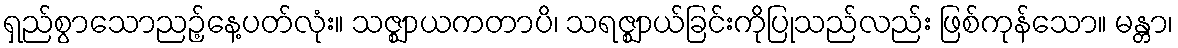
ရှည်စွာသောညဉ့်နေ့ပတ်လုံး။ သဇ္ဈာယကတာပိ၊ သရဇ္ဈာယ်ခြင်းကိုပြုသည်လည်း ဖြစ်ကုန်သော။ မန္တာ၊